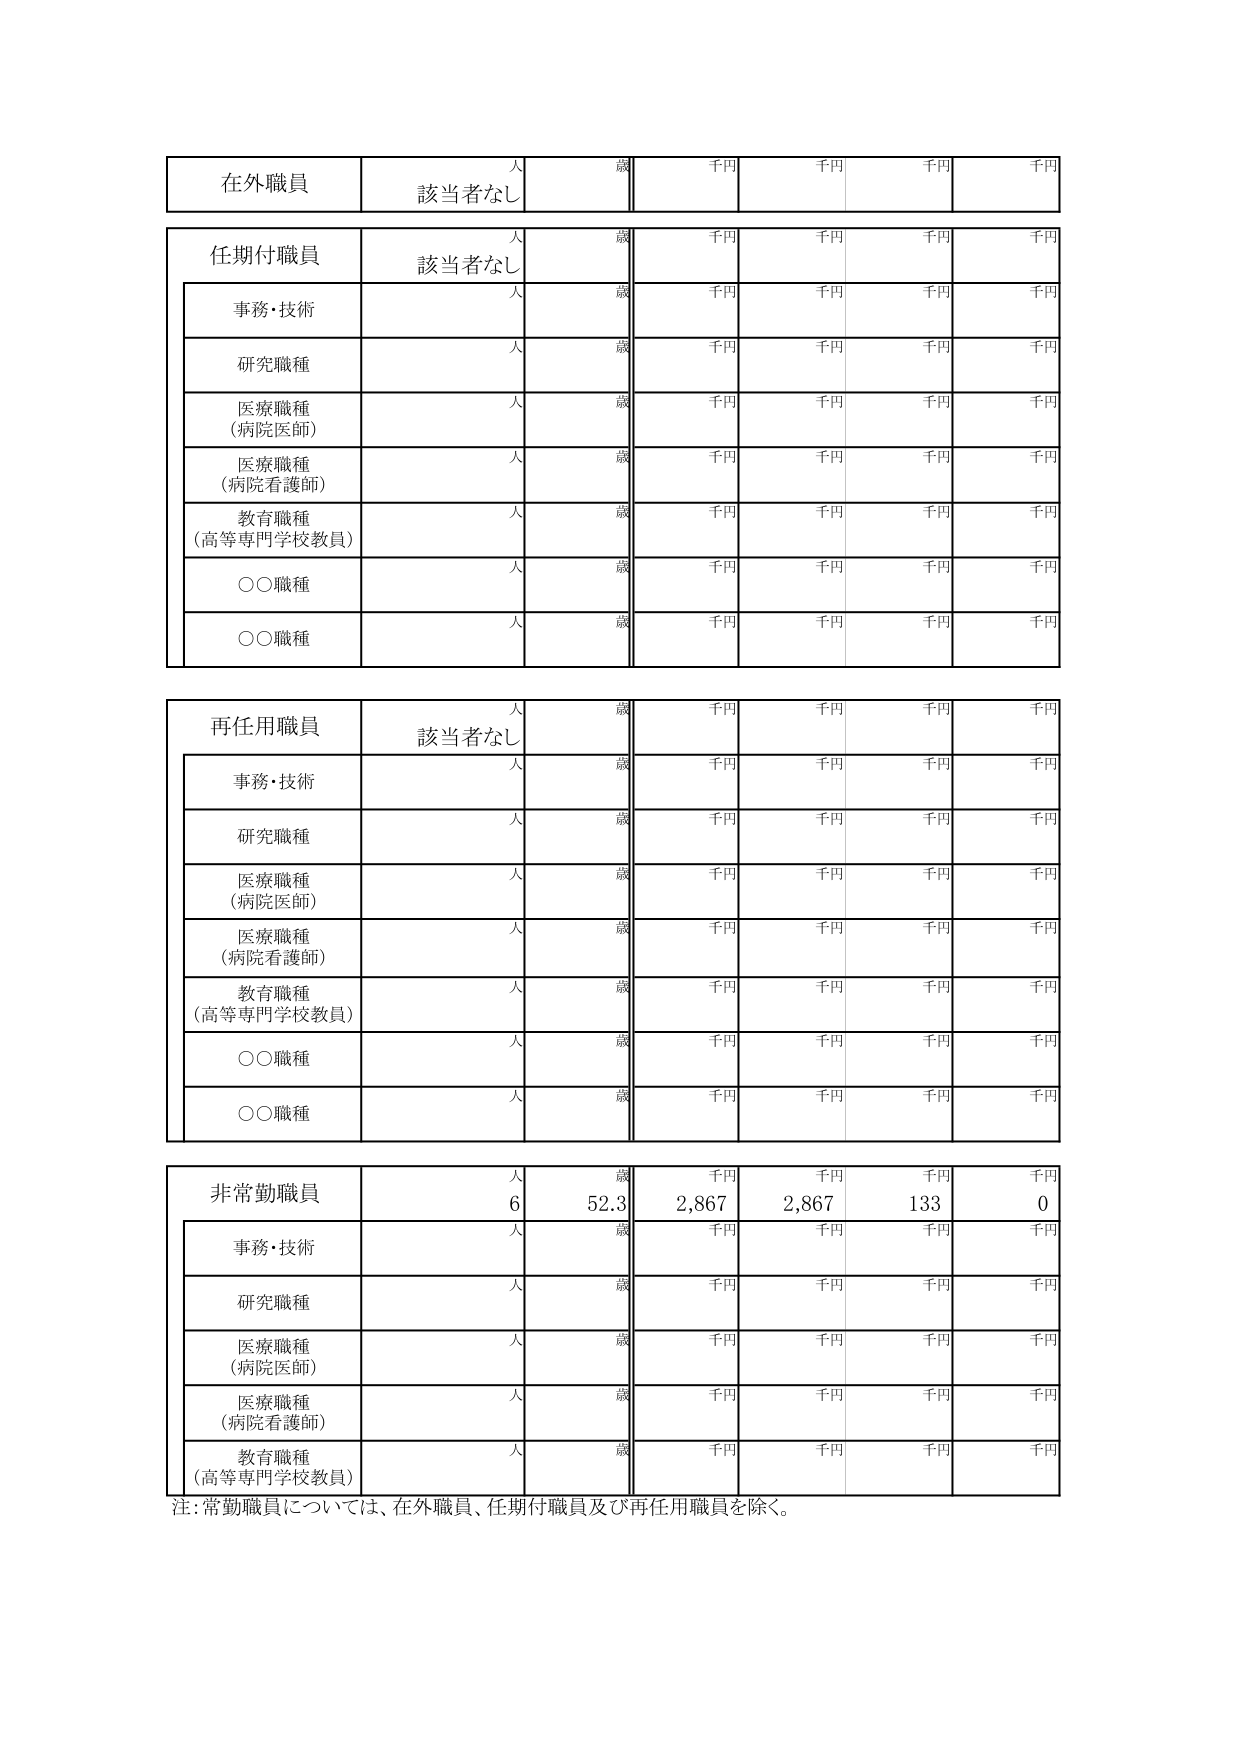
在外職員
人
歳
千円
千円
千円
千円
該当者なし

任期付職員
人
歳
千円
千円
千円
千円
該当者なし

事務・技術
人
歳
千円
千円
千円
千円

研究職種
人
歳
千円
千円
千円
千円

医療職種
（病院医師）
人
歳
千円
千円
千円
千円

医療職種
（病院看護師）
人
歳
千円
千円
千円
千円

教育職種
（高等専門学校教員）
人
歳
千円
千円
千円
千円

○○職種
人
歳
千円
千円
千円
千円

○○職種
人
歳
千円
千円
千円
千円

再任用職員
人
歳
千円
千円
千円
千円
該当者なし

事務・技術
人
歳
千円
千円
千円
千円

研究職種
人
歳
千円
千円
千円
千円

医療職種
（病院医師）
人
歳
千円
千円
千円
千円

医療職種
（病院看護師）
人
歳
千円
千円
千円
千円

教育職種
（高等専門学校教員）
人
歳
千円
千円
千円
千円

○○職種
人
歳
千円
千円
千円
千円

○○職種
人
歳
千円
千円
千円
千円

非常勤職員
人
歳
千円
千円
千円
千円
6
52.3
2,867
2,867
133
0

事務・技術
人
歳
千円
千円
千円
千円

研究職種
人
歳
千円
千円
千円
千円

医療職種
（病院医師）
人
歳
千円
千円
千円
千円

医療職種
（病院看護師）
人
歳
千円
千円
千円
千円

教育職種
（高等専門学校教員）
人
歳
千円
千円
千円
千円

注：常勤職員については、在外職員、任期付職員及び再任用職員を除く。